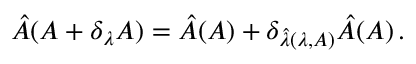
\hat { A } ( A + \delta _ { \lambda } A ) = \hat { A } ( A ) + \delta _ { \hat { \lambda } ( \lambda , A ) } \hat { A } ( A ) \, .